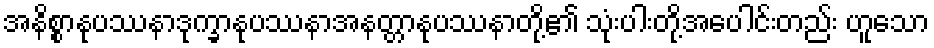
အနိစ္စာနုပဿနာဒုက္ခာနုပဿနာအနတ္တာနုပဿနာတို့၏ သုံးပါးတို့အပေါင်းတည်း ဟူသော